Lunatic asylums Central Provinces reports 1874-1885 - 1874-1885
Year: 1874
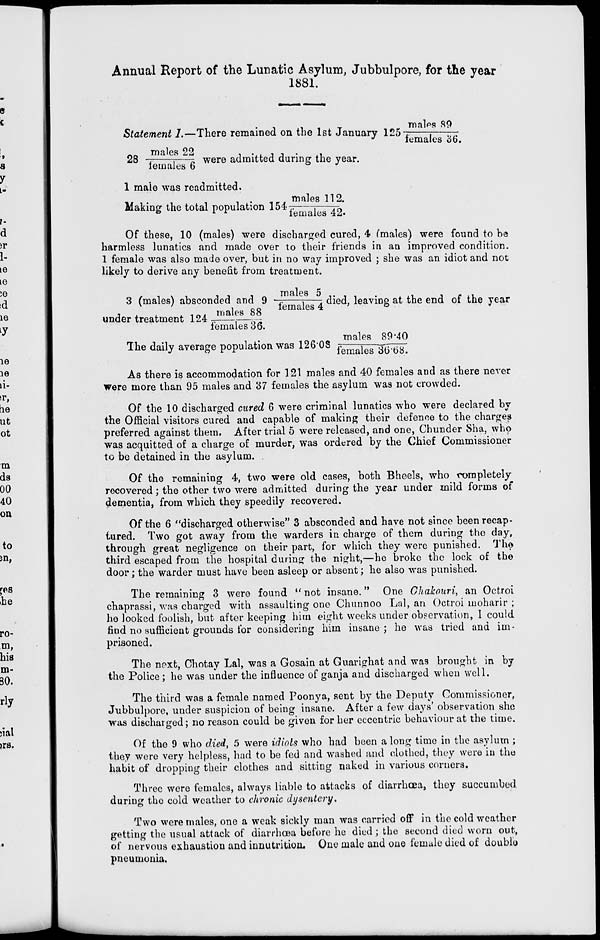
Annual Report of the Lunatic Asylum, Jubbulpore, for the year
1881.
Statement 1.—There remained on the 1st January 125 males 89/females 36.
28 males 22/females 6 were admitted during the year.
1 male was readmitted.
Making the total population 154 males 112./females 42.
Of these, 10 (males) were discharged cured, 4 (males) were found to be
harmless lunatics and made over to their friends in an improved condition.
1 female was also made over, but in no way improved ; she was an idiot and not
likely to derive any benefit from treatment.
3 (males) absconded and 9 males 5/females 4 died, leaving at the end of the year
under treatment 124 males 88/females 36.
The daily average population was 126.08 males 89.40/females 36.68
As there is accommodation for 121 males and 40 females and as there never
were more than 95 males and 37 females the asylum was not crowded.
Of the 10 discharged cured 6 were criminal lunatics who were declared by
the Official visitors cured and capable of making their defence to the charges
preferred against them. After trial 5 were released, and one, Chunder Sha, who
was acquitted of a charge of murder, was ordered by the Chief Commissioner
to be detained in the asylum.
Of the remaining 4, two were old cases, both Bheels, who completely
recovered ; the other two were admitted during the year under mild forms of
dementia, from which they speedily recovered.
Of the 6 "discharged otherwise" 3 absconded and have not since been recap-
tured. Two got away from the warders in charge of them during the day,
through great negligence on their part, for which they were punished. The
third escaped from the hospital during the night,—he broke the lock of the
door ; the warder must have been asleep or absent ; he also was punished.
The remaining 3 were found " not insane." One Chakouri, an Octroi
chaprassi, was charged with assaulting one Chunnoo Lal, an Octroi moharir ;
he looked foolish, but after keeping him eight weeks under observation, I could
find no sufficient grounds for considering him insane; he was tried and im-
prisoned.
The next, Chotay Lal, was a Gosain at Guarighat and was brought in by
the Police ; he was under the influence of ganja and discharged when well.
The third was a female named Poonya, sent by the Deputy Commissioner,
Jubbulpore, under suspicion of being insane. After a few days' observation she
was discharged; no reason could be given for her eccentric behaviour at the time.
Of the 9 who died, 5 were idiots who had been a long time in the asylum ;
they were very helpless, had to be fed and washed and clothed, they were in the
habit of dropping their clothes and sitting naked in various corners.
Three were females, always liable to attacks of diarrhœa, they succumbed
during the cold weather to chronic dysentery.
Two were males, one a weak sickly man was carried off in the cold weather
getting the usual attack of diarrhœa before he died ; the second died worn out,
of nervous exhaustion and innutrition. One male and one female died of double
pneumonia.